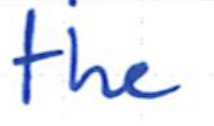
Text: the
Cross-out: clean
Writing tool: ballpoint